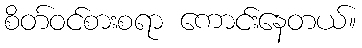
စိတ်ဝင်စားစရာ ကောင်းနေတယ်။